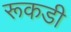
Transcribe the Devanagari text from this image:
रूकडी